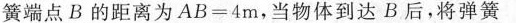
簧端点B的距离为$$AB=4m$$，当物体到达B后，将弹簧